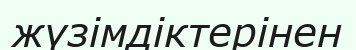
жүзімдіктерінен